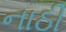
નાઠી